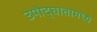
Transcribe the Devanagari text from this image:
उपोद्‌घातामध्ये